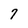
Character: 7